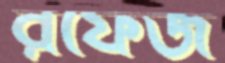
রফেজ